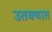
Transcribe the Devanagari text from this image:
उतक्यात